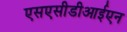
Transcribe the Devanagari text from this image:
एसएसीडीआईएन